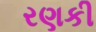
રણકી